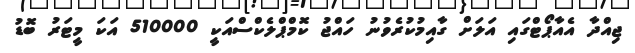
ޖިއްދާ އެއާޕޯޓްގައި އަލަށް ގާއިމުކުރެވުނު ހައްޖު ކޮމްޕްލެކްސްއަކީ 510000 އަކަ މީޓަރު ބޮޑު